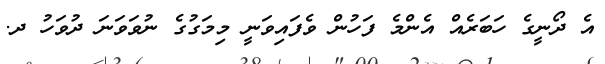
އެ ދޯނީގެ ހަބަރެއް އެންމެ ފަހުން ވެފައިވަނީ މިމަގުގެ ނުވަވަނަ ދުވަހު ދ.